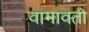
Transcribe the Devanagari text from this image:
वामावती